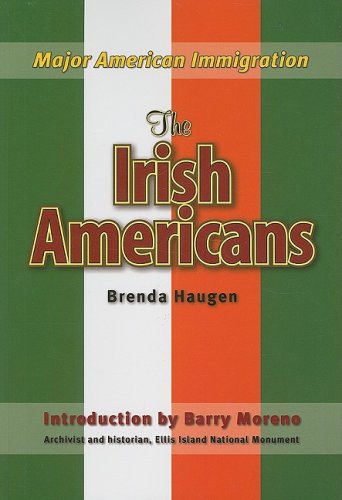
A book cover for The Irish Americans (Major American Immigration); Brenda Haugen; Children's Books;